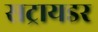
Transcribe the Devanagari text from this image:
सट्रायडर